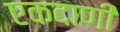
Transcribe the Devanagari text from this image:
एकदाणी